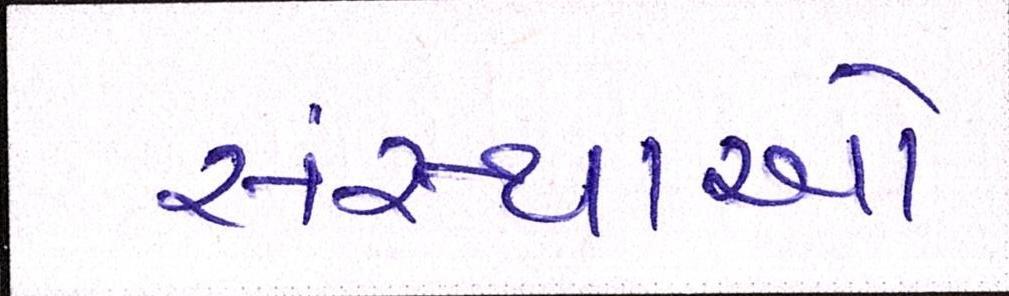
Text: સંસ્થાઓ